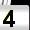
Digit: 4